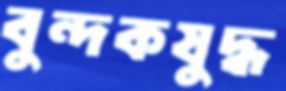
বুন্দকযুদ্ধ